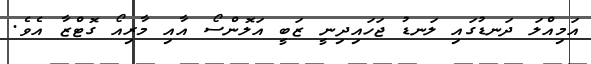
އަމިއްލަ ދަނޑުގައި ލަނޑު ޖަހައިދިނީ ޒަބީ އަލޮންސޯ އާއި މާރިއޯ ގޮޓްޒާ އެވެ.